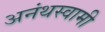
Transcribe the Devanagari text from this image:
अनंथस्वामी